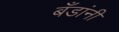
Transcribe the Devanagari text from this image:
बँडांनी